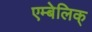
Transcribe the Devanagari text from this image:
एम्बेलिक्